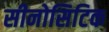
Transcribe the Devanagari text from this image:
सीनोसिटिक